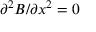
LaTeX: \partial ^ { 2 } B / \partial x ^ { 2 } = 0